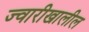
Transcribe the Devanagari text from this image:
ज्वारीखालील